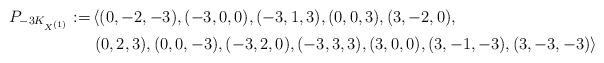
LaTeX: \begin{align*}P_{-3K_{X^{(1)}}}:=&\left<(0,-2,-3), (-3,0,0), (-3,1,3), (0,0,3), (3,-2,0),\right.\\&\left. (0,2,3), (0,0,-3), (-3,2,0), (-3,3,3), (3,0,0), (3,-1,-3), (3,-3,-3)\right>\end{align*}